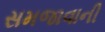
સમજાવાની